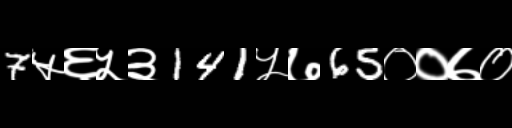
Text: 7५६५३141५७65००७०